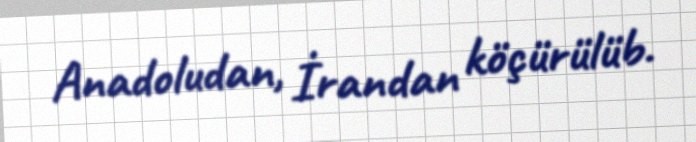
Anadoludan, İrandan köçürülüb.